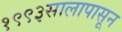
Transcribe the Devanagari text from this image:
१९९३सालापासून